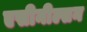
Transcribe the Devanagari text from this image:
एसीनील्सन